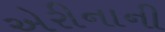
એરીનાની